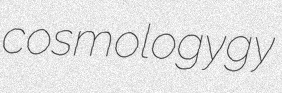
cosmologygy